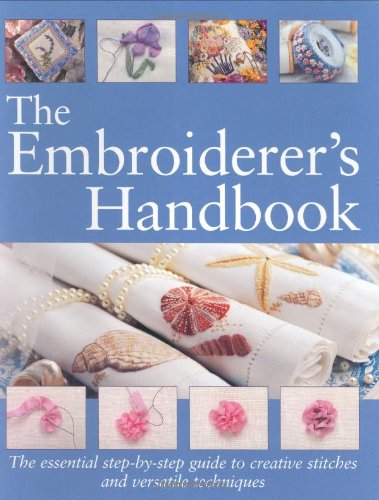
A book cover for The Embroiderer's Handbook; Margie Bauer; Crafts, Hobbies & Home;